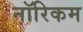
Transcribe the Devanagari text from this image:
नॉरिकम